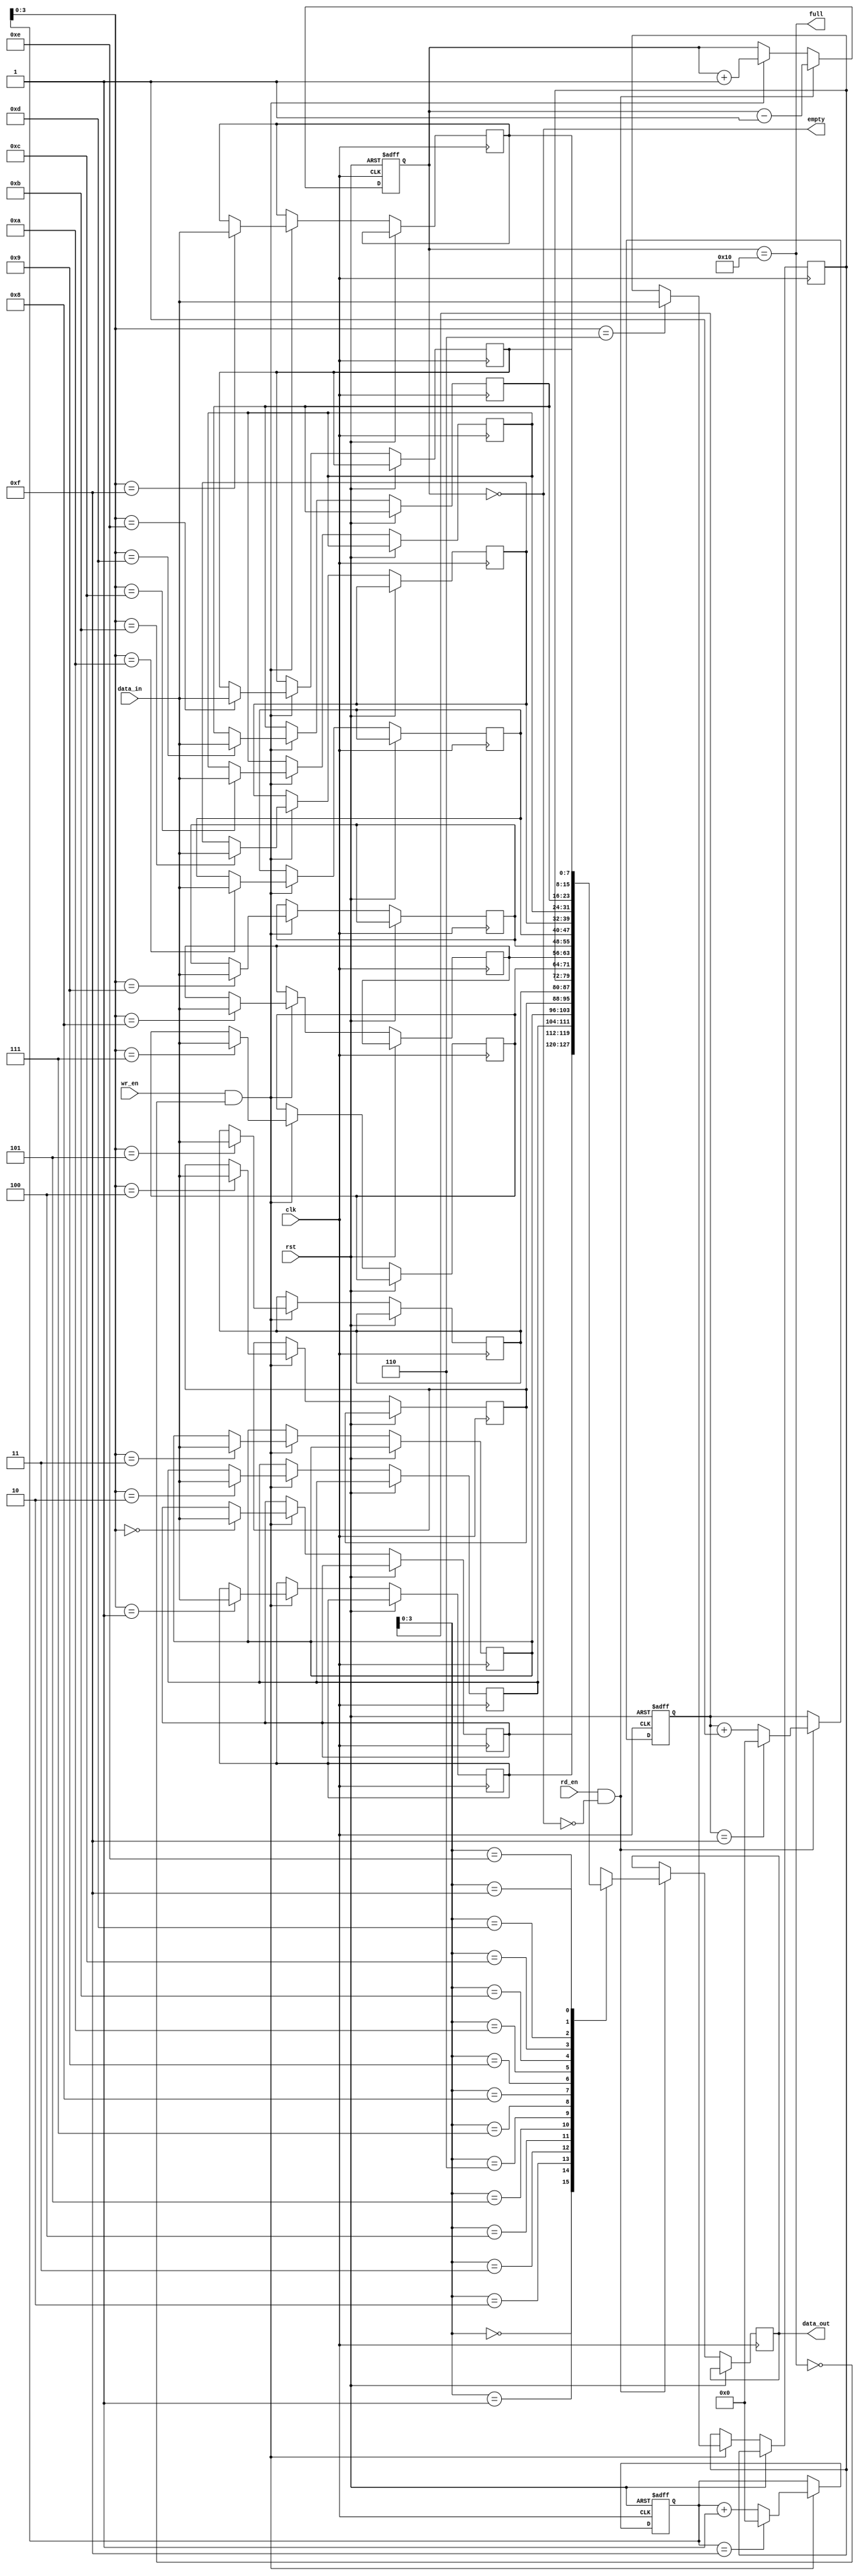
module circular_fifo
#(
    parameter WIDTH = 8,
    parameter DEPTH = 16
)
(
    input wire clk,
    input wire rst,
    input wire wr_en,
    input wire rd_en,
    input wire [WIDTH-1:0] data_in,
    output wire [WIDTH-1:0] data_out,
    output wire full,
    output wire empty
);

reg [WIDTH-1:0] fifo[DEPTH-1:0];
reg [WIDTH-1:0] data_out_reg;
reg [WIDTH-1:0] read_ptr = 0;
reg [WIDTH-1:0] write_ptr = 0;
reg [DEPTH-1:0] count = 0;

always @(posedge clk or posedge rst)
begin
    if(rst)
    begin
        read_ptr <= 0;
        write_ptr <= 0;
        count <= 0;
    end
    else
    begin
        if(wr_en && !full)
        begin
            fifo[write_ptr] <= data_in;
            write_ptr <= (write_ptr == DEPTH-1) ? 0 : write_ptr + 1;
            count <= count + 1;
        end
        
        if(rd_en && !empty)
        begin
            data_out_reg <= fifo[read_ptr];
            read_ptr <= (read_ptr == DEPTH-1) ? 0 : read_ptr + 1;
            count <= count - 1;
        end
    end
end

assign data_out = data_out_reg;
assign full = (count == DEPTH);
assign empty = (count == 0);

endmodule